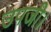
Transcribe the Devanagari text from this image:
उपजी।